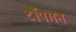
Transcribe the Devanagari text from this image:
टॉपगन